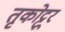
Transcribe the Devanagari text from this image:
तृकोट्टूर